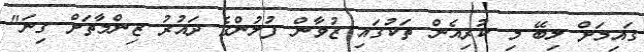
ގައިމަށް ލިބޭ މި ކުރިއެން ތަކުގައި ޒުވާން ފުލުުންގެ ދައުރު ޒިންމާތަށް ގިނަ"